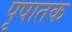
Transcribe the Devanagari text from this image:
पृषातक